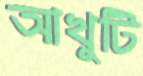
আখুটি